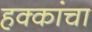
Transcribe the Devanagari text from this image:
हक्‍कांचा